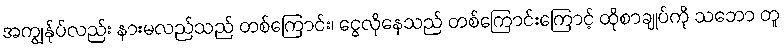
အကျွန်ုပ်လည်း နားမလည်သည် တစ်ကြောင်း၊ ငွေလိုနေသည် တစ်ကြောင်းကြောင့် ထိုစာချုပ်ကို သဘော တူ